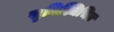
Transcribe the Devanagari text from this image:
सुनिश्चिचित